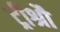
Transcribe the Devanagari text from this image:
ट्रीश्रौ